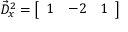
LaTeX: { \vec { D } } _ { x } ^ { 2 } = { \left[ \begin{array} { l l l } { 1 } & { - 2 } & { 1 } \end{array} \right] }